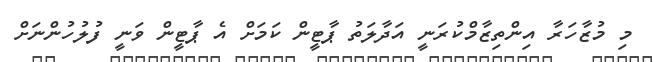
މި މުޒާހަރާ އިންތިޒާމްކުރަނީ އަދާލަތު ޕާޓީން ކަމަށް އެ ޕާޓީން ވަނީ ފުލުހުންނަށް